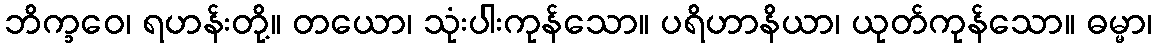
ဘိက္ခဝေ၊ ရဟန်းတို့။ တယော၊ သုံးပါးကုန်သော။ ပရိဟာနိယာ၊ ယုတ်ကုန်သော။ ဓမ္မာ၊